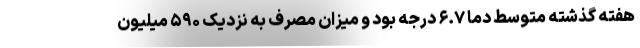
هفته گذشته متوسط دما ۶.۷ درجه بود و میزان مصرف به نزدیک ۵۹۰ میلیون